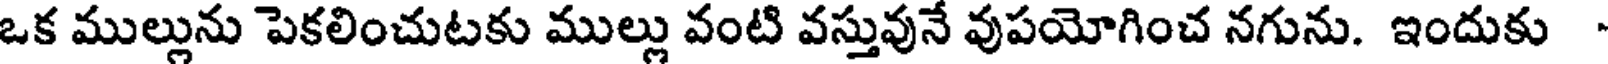
ఒక ముల్లును పెకలించుటకు ముల్లు వంటి వస్తువునే వుపయోగించ నగును. ఇందుకు -